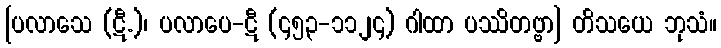
[ပလာသေ (ဋီ.)၊ ပလာပေ-ဋီ (၄၅၃-၁၁၂၄) ဂါထာ ပဿိတဗ္ဗာ] တိသယေ ဘုသံ။